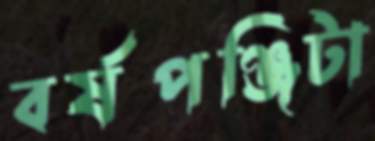
বর্ষপঞ্জিটা